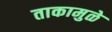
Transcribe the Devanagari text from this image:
ताकामुळे